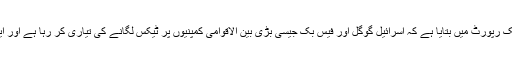
مالی أمور سے متعلق ایک اسرائیلی اخبار’ دی مارکر‘نے اپنی ایک رپورٹ میں بتایا ہے کہ اسرائیل گوگل اور فیس بک جیسی بڑی بین الاقوامی کمپنیوں پر ٹیکس لگانے کی تیاری کر رہا ہے اور ایک سال کے اندر انہیں واجب الادا ٹیکس کا بل بھیج دیا جائے گا۔